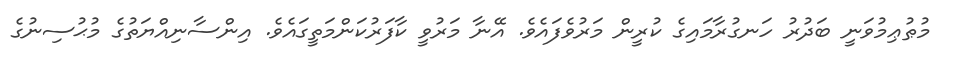
މުޠުޢިމުވަނީ ބަދުރު ހަނގުރާމައިގެ ކުރީން މަރުވެފައެވެ. އޭނާ މަރުވީ ކާފަރުކަންމަތީގައެވެ. އިންސާނިއްޔަތުގެ މުޙުސިނުގެ